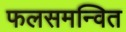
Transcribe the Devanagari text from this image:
फलसमन्वित